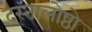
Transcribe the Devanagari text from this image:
दस्तालोष्ठो